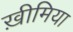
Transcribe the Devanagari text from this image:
ख़ीमिया